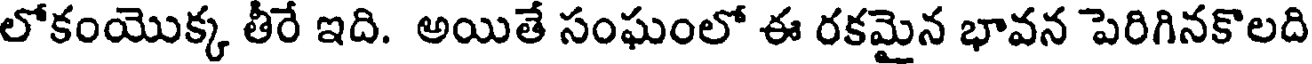
లోకంయొక్క తీరే ఇది. అయితే సంఘంలో ఈ రకమైన భావన పెరిగినకొలది